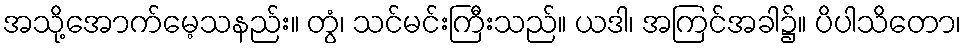
အသို့အောက်မေ့သနည်း။ တွံ၊ သင်မင်းကြီးသည်။ ယဒါ၊ အကြင်အခါ၌။ ပိပါသိတော၊